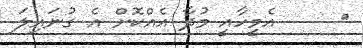
٢     އެމީހާއީ މުދާ އެއްކޮށް އެ ގުނައިލަ